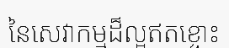
នៃសេវាកម្មដ៏ល្អឥតខ្ចោះ